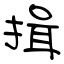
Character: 揖